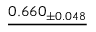
\underline { { 0 . 6 6 0 _ { \pm 0 . 0 4 8 } } }